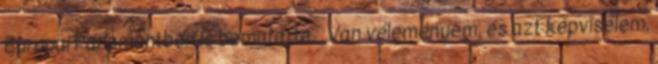
Európai Parlamentben is bemutatta. „Van véleményem, és azt képviselem,